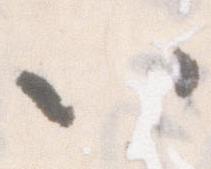
以